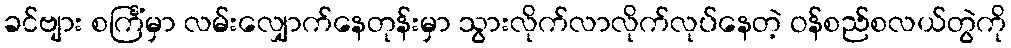
ခင်ဗျား စင်္ကြံမှာ လမ်းလျှောက်နေတုန်းမှာ သွားလိုက်လာလိုက်လုပ်နေတဲ့ ဝန်စည်စလယ်တွဲကို